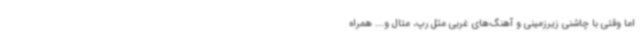
اما وقتی با چاشنی زیرزمینی و آهنگ‌های غربی مثل رپ، متال و... همراه